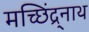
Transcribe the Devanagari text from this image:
मच्छिंद्र्नाथ